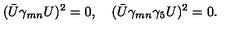
( \bar { U } \gamma _ { m n } U ) ^ { 2 } = 0 , \quad ( \bar { U } \gamma _ { m n } \gamma _ { 5 } U ) ^ { 2 } = 0 .